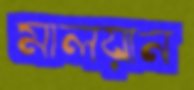
মালয়ান